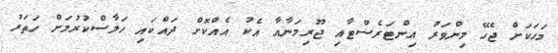
މަހަކަށް ޖެހޭ މިންވަރު އިންޓަރެސްޓާއި ޖޫރިމަނާއާ އެކު އެއްކޮށް ދައްކައި ހަލާސްކުރުމަށް ހަތަރު